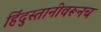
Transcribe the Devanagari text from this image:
हिंदुस्तानीवरूनच